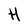
Character: H